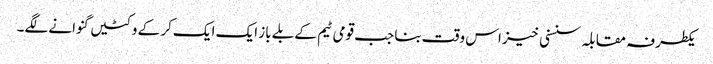
یکطرفہ مقابلہ سنسنی خیز اس وقت بنا جب قومی ٹیم کے بلے باز ایک ایک کر کے وکٹیں گنوانے لگے۔